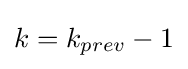
k=k_{prev}-1